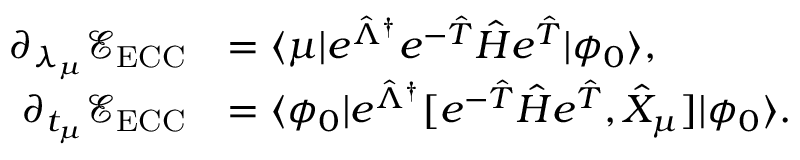
\begin{array} { r l } { \partial _ { \lambda _ { \mu } } \mathcal E _ { \mathrm { E C C } } } & { = \langle \mu \vert e ^ { \hat { \Lambda } ^ { \dagger } } e ^ { - \hat { T } } \hat { H } e ^ { \hat { T } } \vert \phi _ { 0 } \rangle , } \\ { \partial _ { t _ { \mu } } \mathcal E _ { \mathrm { E C C } } } & { = \langle \phi _ { 0 } \vert e ^ { \hat { \Lambda } ^ { \dagger } } [ e ^ { - \hat { T } } \hat { H } e ^ { \hat { T } } , \hat { X } _ { \mu } ] \vert \phi _ { 0 } \rangle . } \end{array}